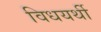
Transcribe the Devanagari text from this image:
विधयर्थी